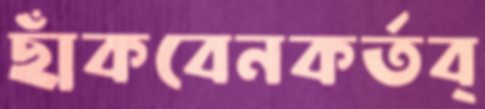
ছাঁকবেনকর্তব্